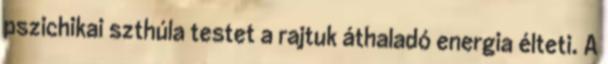
pszichikai szthúla testet a rajtuk áthaladó energia élteti. A